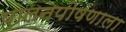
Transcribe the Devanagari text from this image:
पालनपोषणाला